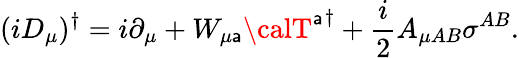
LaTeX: (iD_{\mu})^{\dagger}=i\partial_{\mu}+W_{{\mu}\mathsf{a}}{{\calT}^{\mathsf{a}}}^{\dagger}+{\frac{{i}}{{2}}}A_{\mu{AB}}{\sigma}^{AB}.